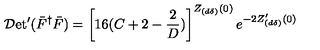
{ \cal D } \mathrm { e t } ^ { \prime } ( \bar { F } ^ { \dag } \bar { F } ) = \left[ 1 6 ( C + 2 - \frac { 2 } { D } ) \right] ^ { Z _ { ( d \delta ) } ( 0 ) } e ^ { - 2 Z _ { ( d \delta ) } ^ { \prime } ( 0 ) }